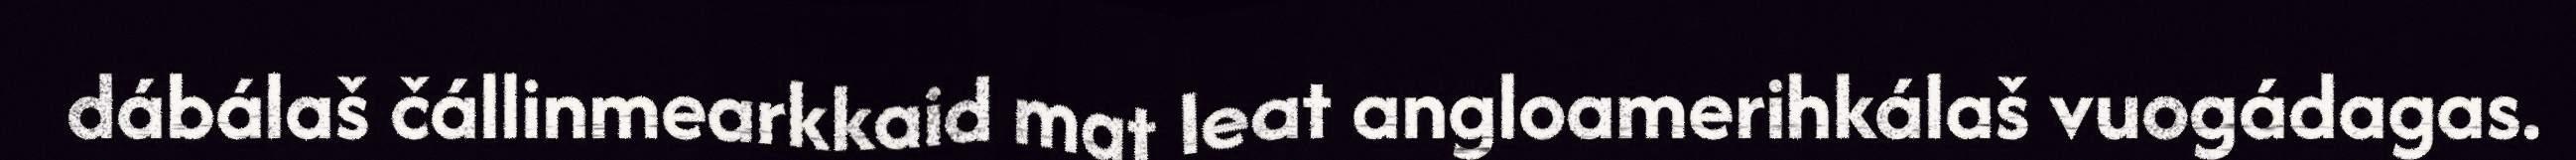
dábálaš čállinmearkkaid mat leat angloamerihkálaš vuogádagas.